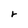
Character: r